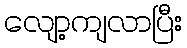
လျော့ကျလာပြီး